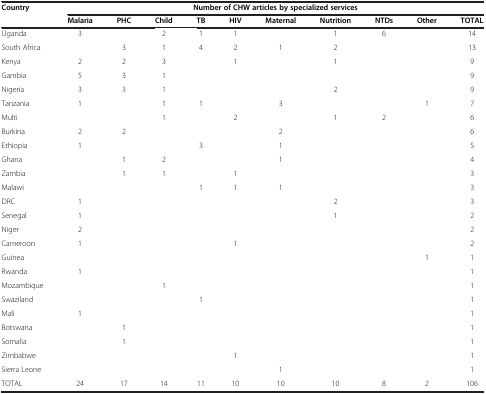
<table><thead><tr><td><b>Country</b></td><td colspan="10"><b>Number of CHW articles by specialized services</b></td></tr><tr><td><b> </b></td><td><b>Malaria</b></td><td><b>PHC</b></td><td><b>Child</b></td><td><b>TB</b></td><td><b>HIV</b></td><td><b>Maternal</b></td><td><b>Nutrition</b></td><td><b>NTDs</b></td><td><b>Other</b></td><td><b>TOTAL</b></td></tr></thead><tbody><tr><td>Uganda</td><td>3</td><td> </td><td>2</td><td>1</td><td>1</td><td> </td><td>1</td><td>6</td><td> </td><td>14</td></tr><tr><td>South Africa</td><td> </td><td>3</td><td>1</td><td>4</td><td>2</td><td>1</td><td>2</td><td> </td><td> </td><td>13</td></tr><tr><td>Kenya</td><td>2</td><td>2</td><td>3</td><td> </td><td>1</td><td> </td><td>1</td><td> </td><td> </td><td>9</td></tr><tr><td>Gambia</td><td>5</td><td>3</td><td>1</td><td> </td><td> </td><td> </td><td> </td><td> </td><td> </td><td>9</td></tr><tr><td>Nigeria</td><td>3</td><td>3</td><td>1</td><td> </td><td> </td><td> </td><td>2</td><td> </td><td> </td><td>9</td></tr><tr><td>Tanzania</td><td>1</td><td> </td><td>1</td><td>1</td><td> </td><td>3</td><td> </td><td> </td><td>1</td><td>7</td></tr><tr><td>Multi</td><td> </td><td> </td><td>1</td><td> </td><td>2</td><td> </td><td>1</td><td>2</td><td> </td><td>6</td></tr><tr><td>Burkina</td><td>2</td><td>2</td><td> </td><td> </td><td> </td><td>2</td><td> </td><td> </td><td> </td><td>6</td></tr><tr><td>Ethiopia</td><td>1</td><td> </td><td> </td><td>3</td><td> </td><td>1</td><td> </td><td> </td><td> </td><td>5</td></tr><tr><td>Ghana</td><td> </td><td>1</td><td>2</td><td> </td><td> </td><td>1</td><td> </td><td> </td><td> </td><td>4</td></tr><tr><td>Zambia</td><td> </td><td>1</td><td>1</td><td> </td><td>1</td><td> </td><td> </td><td> </td><td> </td><td>3</td></tr><tr><td>Malawi</td><td> </td><td> </td><td> </td><td>1</td><td>1</td><td>1</td><td> </td><td> </td><td> </td><td>3</td></tr><tr><td>DRC</td><td>1</td><td> </td><td> </td><td> </td><td> </td><td> </td><td>2</td><td> </td><td> </td><td>3</td></tr><tr><td>Senegal</td><td>1</td><td> </td><td> </td><td> </td><td> </td><td> </td><td>1</td><td> </td><td> </td><td>2</td></tr><tr><td>Niger</td><td>2</td><td> </td><td> </td><td> </td><td> </td><td> </td><td> </td><td> </td><td> </td><td>2</td></tr><tr><td>Cameroon</td><td>1</td><td> </td><td> </td><td> </td><td>1</td><td> </td><td> </td><td> </td><td> </td><td>2</td></tr><tr><td>Guinea</td><td> </td><td> </td><td> </td><td> </td><td> </td><td> </td><td> </td><td> </td><td>1</td><td>1</td></tr><tr><td>Rwanda</td><td>1</td><td> </td><td> </td><td> </td><td> </td><td> </td><td> </td><td> </td><td> </td><td>1</td></tr><tr><td>Mozambique</td><td> </td><td> </td><td>1</td><td> </td><td> </td><td> </td><td> </td><td> </td><td> </td><td>1</td></tr><tr><td>Swaziland</td><td> </td><td> </td><td> </td><td>1</td><td> </td><td> </td><td> </td><td> </td><td> </td><td>1</td></tr><tr><td>Mali</td><td>1</td><td> </td><td> </td><td> </td><td> </td><td> </td><td> </td><td> </td><td> </td><td>1</td></tr><tr><td>Botswana</td><td> </td><td>1</td><td> </td><td> </td><td> </td><td> </td><td> </td><td> </td><td> </td><td>1</td></tr><tr><td>Somalia</td><td> </td><td>1</td><td> </td><td> </td><td> </td><td> </td><td> </td><td> </td><td> </td><td>1</td></tr><tr><td>Zimbabwe</td><td> </td><td> </td><td> </td><td> </td><td>1</td><td> </td><td> </td><td> </td><td> </td><td>1</td></tr><tr><td>Sierra Leone</td><td> </td><td> </td><td> </td><td> </td><td> </td><td>1</td><td> </td><td> </td><td> </td><td>1</td></tr><tr><td>TOTAL</td><td>24</td><td>17</td><td>14</td><td>11</td><td>10</td><td>10</td><td>10</td><td>8</td><td>2</td><td>106</td></tr></tbody></table>